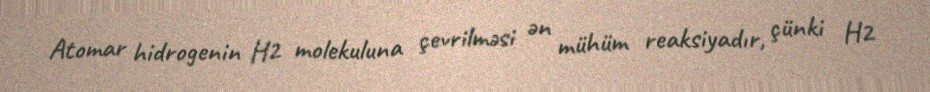
Atomar hidrogenin H2 molekuluna çevrilməsi ən mühüm reaksiyadır, çünki H2